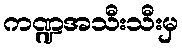
ကဏ္ဍအသီးသီးမှ